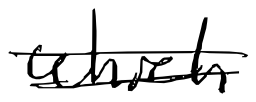
Text: which
Cross-out: mix
Writing tool: digital_black